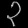
Digit: ၃